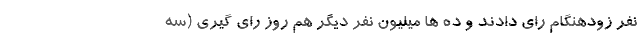
نفر زودهنگام رای دادند و ده ها میلیون نفر دیگر هم روز رای گیری (سه